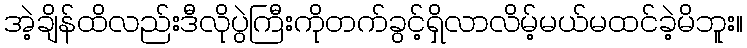
အဲ့ချိန်ထိလည်းဒီလိုပွဲကြီးကိုတက်ခွင့်ရှိလာလိမ့်မယ်မထင်ခဲ့မိဘူး။